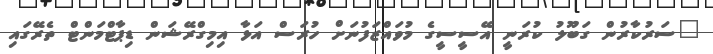
"ސަރުކާރުން ގަބޫލު ކުރަނީ އޭސީސީގެ މުވައްޒަފުނަށް ހުރަސް އަޅާ އިމިގްރޭޝަން ޑިޕާޓްމަންޓް ތެރޭގައި